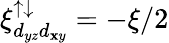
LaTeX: \xi_{d_{yz}d_{\mathbf{x}y}}^{\uparrow\downarrow}=-\xi/2